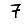
Digit: 7